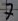
Text: 7